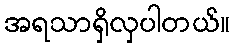
အရသာရှိလှပါတယ်။